Report on vaccination in Madras 1895-1903 - 1895-1903
Year: 1895
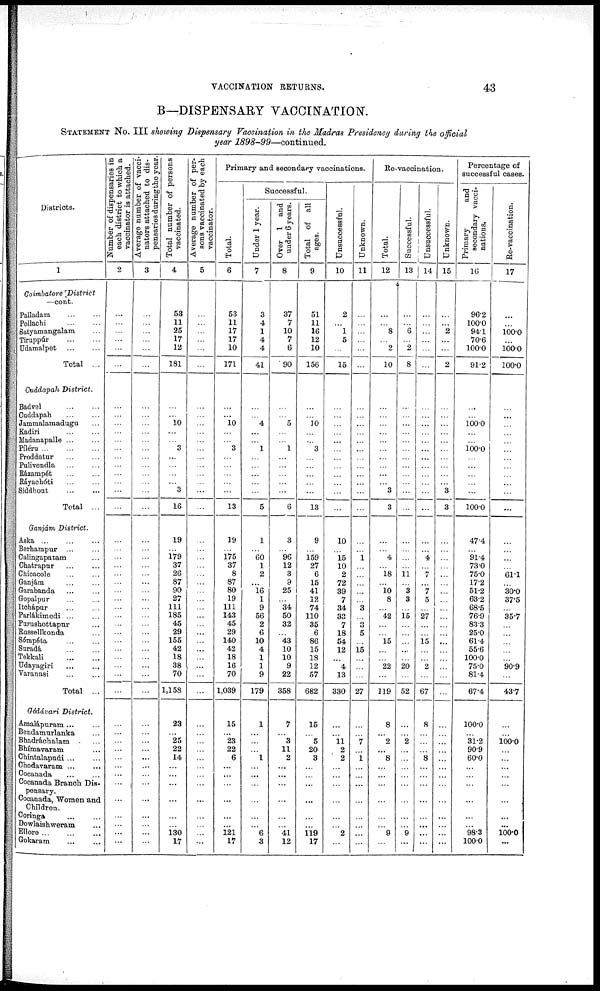
VACCINATION RETURNS.
43
B—DISPENSARY VACCINATION.
STATEMENT No. III showing Dispensary Vaccination in the Madras Presidency during the official
year 1898-99—continued.
Districts.
1
Coimbatore District
—cont.
Palladam ... ...
Pollachi
...
...
Satyamangalam ...
Tiruppúr
...
...
Udamalpet
...
...
Total ...
Cuddapah District.
Badvel
...
...
Cuddapah ... ...
Jammalamadugu ...
Kadiri ... ...
Madanapalle ... ...
Píléru
...
...
...
Proddatur ... ...
Pulivendla
...
...
Rázampét ... ...
Ráyachóti ... ...
Siddhout ... ...
Total ...
Ganjám District.
Aska ... ... ...
Berhampur ... ...
Calingapatam ...
Chatrapur
...
...
Chicacole ... ...
Ganjám ... ...
Garabanda ... ...
Gopalpur ... ...
Itchápur ... ...
Parlákimedi ... ...
Purushottapur ...
Russellkonda ...
Sómpéta ... ...
Suradá
...
...
Tekkali
...
...
Udayagiri
...
...
Varanasi ... ...
Total ...
Gódávari District.
Amalápuram ... ...
Bendamurlanka ...
Bhadráchalam ...
Bhímavaram ...
Chintalapudi ... ...
Chodavaram ... ...
Cocanada ... ...
Cocanada Branch Dis-
pensary.
Cocanada, Women and
Children.
Coringa ... ...
Dowlaishweram ...
Ellore
...
...
...
Gokaram
...
...
Number of dispensaries in
each district to which a
vaccinator is attached.
2
...
...
...
...
...
...
...
...
...
...
...
...
...
...
...
...
...
...
...
...
...
...
...
...
...
...
...
...
...
...
...
...
...
...
...
...
...
...
...
...
...
...
...
...
...
...
...
...
...
Average number of vacci-
nators attached to dis-
pensaries during the year.
3
...
...
...
...
...
...
...
...
...
...
...
...
...
...
...
...
...
...
...
...
...
...
...
...
...
...
...
...
...
...
...
...
...
...
...
...
...
...
...
...
...
...
...
...
...
...
...
...
...
Total number of persons
vaccinated.
4
53
11
25
17
12
181
...
...
10
...
...
3
...
...
...
...
3
16
19
...
179
37
26
87
90
27
111
185
45
29
155
42
18
38
70
1,158
23
...
25
22
14
...
...
...
...
...
...
130
17
Average number of per-
sons vaccinated by each
vaccinator.
5
...
...
...
...
...
...
...
...
...
...
...
...
...
...
...
...
...
...
...
...
...
...
...
...
...
...
...
...
...
...
...
...
...
...
...
...
...
...
...
...
...
...
...
...
...
...
...
...
Primary and secondary vaccinations.
Total.
6
53
11
17
17
10
171
...
...
10
...
...
3
...
...
...
...
...
13
19
...
175
37
8
87
80
19
111
143
45
29
140
42
18
16
70
1,039
15
...
23
22
6
...
...
...
...
...
...
121
17
Successful.
Under 1 year.
7
3
4
1
4
4
41
...
...
4
...
...
1
...
...
...
...
...
5
1
...
60
1
2
...
16
1
9
56
2
6
10
4
1
1
9
179
1
...
...
...
1
...
...
...
...
...
...
6
3
Over 1 and
under 6 years.
8
37
7
10
7
6
90
...
...
5
...
...
1
...
...
...
...
...
6
3
...
96
12
3
9
25
...
34
50
32
... 43
10
10
9
22
358
7
...
3
11
2
...
...
...
...
...
...
41
12
Total of all
ages.
9
51
11
16
12
10
156
...
...
10
...
...
3
...
...
...
...
...
13
9
...
159
27
6
15
41
12
74
110
35
6
86
15
18
12
57
682
15
...
5
20
3
...
...
...
...
...
...
119
17
Unsuccessful.
10
2
...
1
5
...
15
...
...
...
...
...
...
...
...
...
...
...
...
10
...
15
10
2
72
39
7
34
33
7
18
54
12
...
4
13
330
...
...
11
2
2
...
...
...
...
...
...
2
...
Unknown.
11
...
...
...
...
...
...
...
...
...
...
...
...
...
...
...
...
...
...
...
...
1
...
...
...
...
...
3
...
3
5
...
15
...
...
...
27
...
...
7
...
1
...
...
...
...
...
...
...
...
Re-vaccination.
Total.
12
...
...
8
... 2
10
...
...
...
...
...
...
...
...
...
...
3
3
...
...
4
...
18
...
10
8
...
42
...
... 15
...
...
22
...
119
8
...
2
...
8
...
...
...
...
...
...
9
...
Successful.
13
...
...
6
...
2
8
...
...
...
...
...
...
...
...
...
...
...
...
...
...
...
...
11
...
3
3
...
15
...
...
...
...
...
20
...
52
...
...
2
...
...
...
...
...
...
...
...
9
...
Unsuccessful.
14
...
...
...
...
...
...
...
...
...
...
...
...
...
...
...
...
...
...
...
...
4
...
7
...
7
5
...
27
...
...
15
...
...
2
...
67
8
...
...
...
8
...
...
...
...
...
...
...
...
Unknown.
15
...
...
2
...
...
2
...
...
...
...
...
...
...
...
...
...
3
3
...
...
...
...
...
...
...
...
...
...
...
...
...
...
...
...
...
...
...
...
...
...
...
...
...
...
...
...
...
...
...
Percentage of
successful cases.
Primary
and
secondary vacci-
nations.
16
96.2
100.0
94.1
70.6
100.0
91.2
...
...
100.0
...
...
100.0
...
...
...
...
...
100.0
47.4
...
91.4
73.0
75.0
17.2
51.2
63.2
68.5
76.9
83.3
25.0
61.4
55.6
100.0
75.0
81.4
67.4
100.0
...
31.2
90.9
60.0
...
...
...
...
...
...
98.3
100.0
Re-vaccination.
17
...
...
100.0
...
100.0
100.0
...
...
...
...
...
...
...
...
...
...
...
...
...
...
...
...
61.1
...
30.0 37.5
...
35.7
...
...
...
...
...
90.9
...
43.7
...
...
100.0
...
...
...
...
...
...
...
...
100.0
...